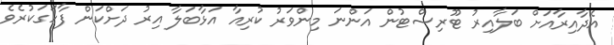
އެދާއިރާއަށް ބަލާއިރު ޓޫރިސްޓުން އަންނަ މިންވަރު ކުރިއާ އަޅާބަލާ އިރު ދަށްކަން ފާހަގަކުރެވެ